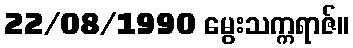
22/08/1990 မွေးသက္ကရာဇ်။